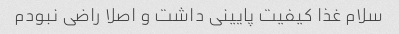
سلام غذا کیفیت پایینی داشت و اصلا راضی نبودم